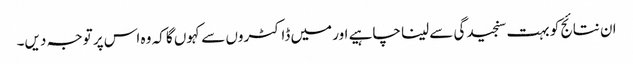
ان نتائج کو بہت سنجیدگی سے لینا چاہیے اور میں ڈاکٹروں سے کہوں گا کہ وہ اس پر توجہ دیں۔